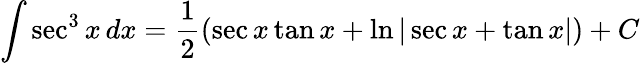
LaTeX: \int\sec^{3}x\, dx={\frac{1}{2}}(\sec x\tan x+\ln|\sec x+\tan x|)+C